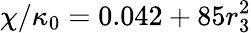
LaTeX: \chi/\kappa_{0}=0.042+85r_{3}^{2}